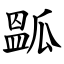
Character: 㼔